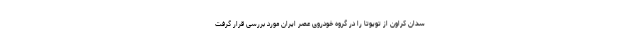
سدان کراون از تویوتا را در گروه خودروی عصر ایران مورد بررسی قرار گرفت